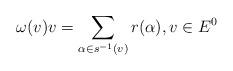
LaTeX: \begin{align*}\omega(v)v=\sum_{\alpha\in s^{-1}(v)} r(\alpha), v\in E^0\end{align*}